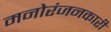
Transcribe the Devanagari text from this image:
मनोरंजनकारी